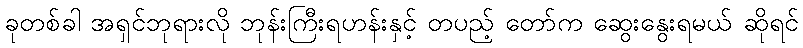
ခုတစ်ခါ အရှင်ဘုရားလို ဘုန်းကြီးရဟန်းနှင့် တပည့် တော်က ဆွေးနွေးရမယ် ဆိုရင်